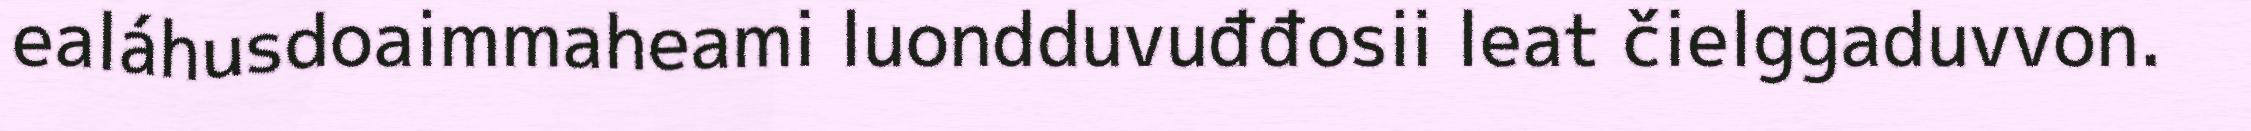
ealáhusdoaimmaheami luondduvuđđosii leat čielggaduvvon.